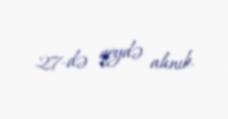
27-də qeydə alınıb.